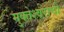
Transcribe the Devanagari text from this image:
मुक्तेश्वराची